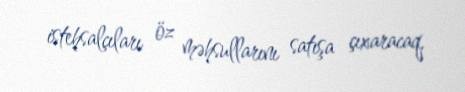
istehsalçıları öz məhsullarını satışa çıxaracaq.